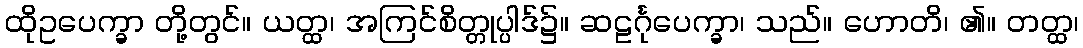
ထိုဥပေက္ခာ တို့တွင်။ ယတ္ထ၊ အကြင်စိတ္တုပ္ပါဒ်၌။ ဆဠင်္ဂုပေက္ခာ၊ သည်။ ဟောတိ၊ ၏။ တတ္ထ၊